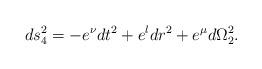
LaTeX: \begin{align*}ds_4^2 =- e^{\nu} dt^2 + e^{\l}dr^2 + e^{\mu}d\Omega_2^2.\end{align*}